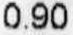
0.90